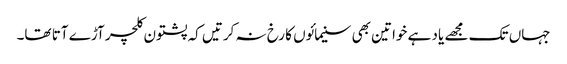
جہاں تک مجھے یاد ہے خواتین بھی سنیمائوں کا رخ نہ کرتیں کہ پشتون کلچر آڑے آتا تھا۔